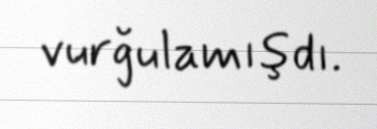
vurğulamışdı.